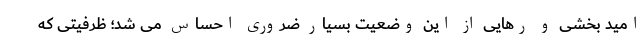
امید بخشی و رهایی از این وضعیت بسیار ضروری احساس می شد؛ ظرفیتی که